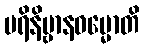
ပရိနိဗ္ဗာနဓမ္မောတိ